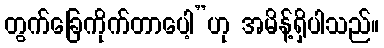
တွက်ခြေကိုက်တာပေါ့”ဟု အမိန့်ရှိပါသည်။